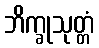
ဘိက္ခုသုတ္တံ